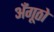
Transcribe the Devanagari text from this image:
अँगूठो